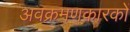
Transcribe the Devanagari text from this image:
अवक्रमणकारकों